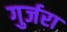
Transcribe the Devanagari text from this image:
गुर्जरा